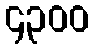
၄၃၀၀